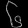
Digit: ၆